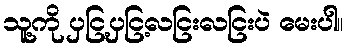
သူ့ကို ပှငြ့ပှငြ့လငြးလငြးပဲ မေးပါ။